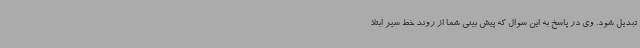
تبدیل شود. وی در پاسخ به این سوال که پیش بینی شما از روند خط سیر ابتلا